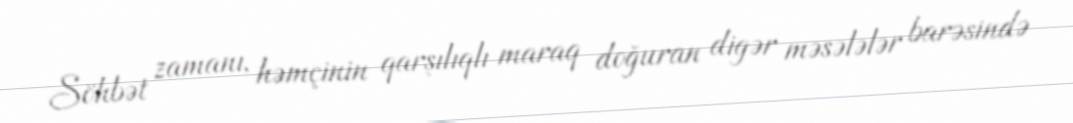
Söhbət zamanı, həmçinin qarşılıqlı maraq doğuran digər məsələlər barəsində